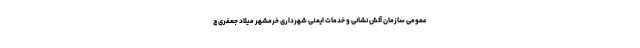
عمومی سازمان آتش نشانی و خدمات ایمنی شهرداری خرمشهر میلاد جعفری چ